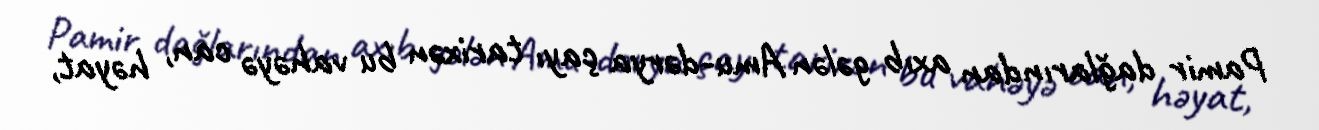
Pamir dağlarından axıb gələn Amu-dərya çayı tarixən bu vahəyə can, həyat,